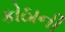
કોઠાની